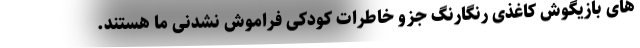
های بازیگوش ِکاغذی رنگارنگ جزو خاطرات کودکی فراموش نشدنی ما هستند.